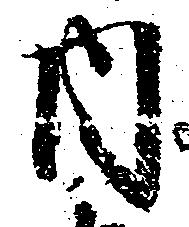
内